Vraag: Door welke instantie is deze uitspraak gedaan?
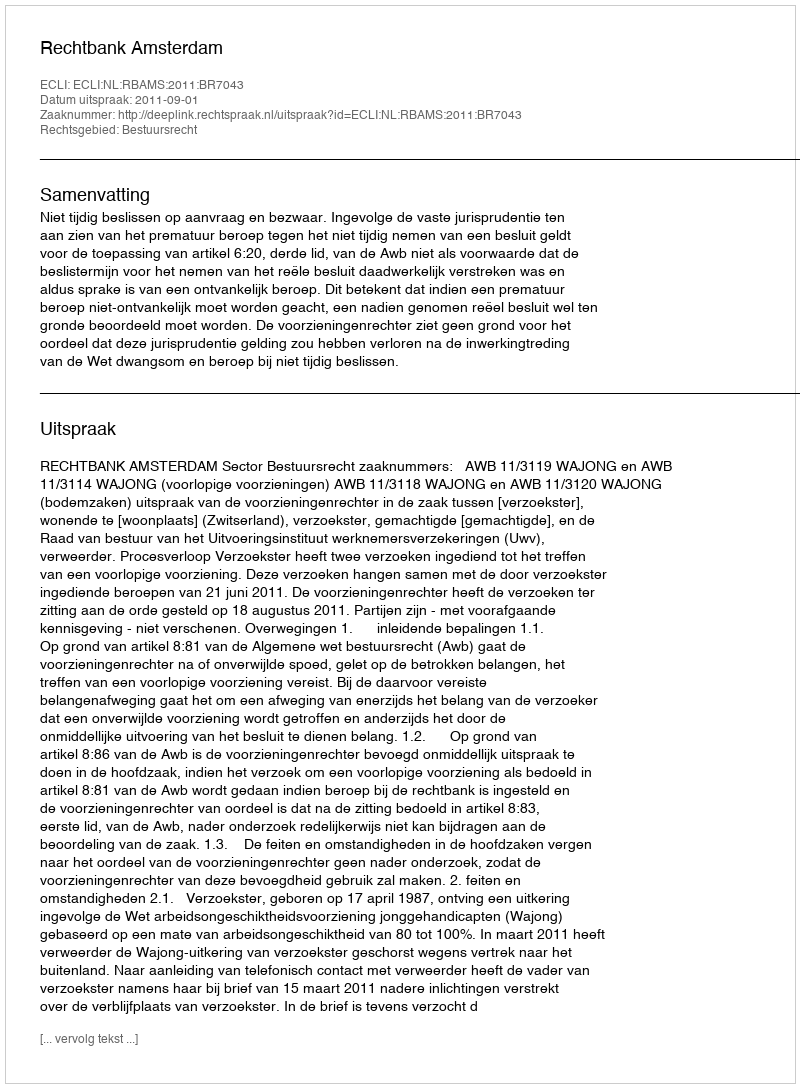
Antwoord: Rechtbank Amsterdam